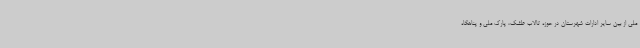
ملی از بین سایر ادارات شهرستان در حوزه تالاب طشک، پارک ملی و پناهگاه